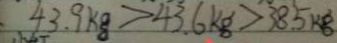
4 3 . 9 k g > 4 3 . 6 k g > 3 8 . 5 k g